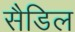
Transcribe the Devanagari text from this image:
सैडिल